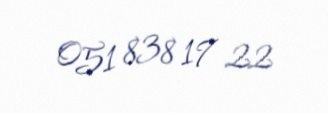
051 838 17 22